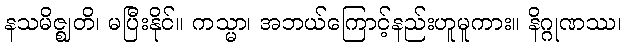
နသမိဇ္ဈတိ၊ မပြီးနိုင်။ ကသ္မာ၊ အဘယ်ကြောင့်နည်းဟူမူကား။ နိဂ္ဂုဏဿ၊